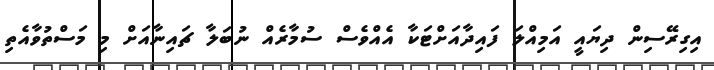
އިގިރޭސިން ދިޔައީ އަމިއްލަ ފައިދާއަށްޓަކާ އެއްވެސް ސުމާރެއް ނުބަލާ ޗައިނާއަށް މި މަސްތުވާއެތި